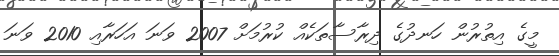
މީގެ އިތުރުން ހަނދުގެ ދިރާސާތަކެއް ކުރުމަށް 2007 ވަނަ އަހަރާއި 2010 ވަނަ